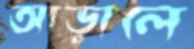
আড়ালে